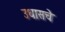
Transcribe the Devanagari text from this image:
उधासचे